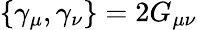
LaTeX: \{ \gamma_{\mu},\gamma_{\nu}\} =2G_{\mu\nu}